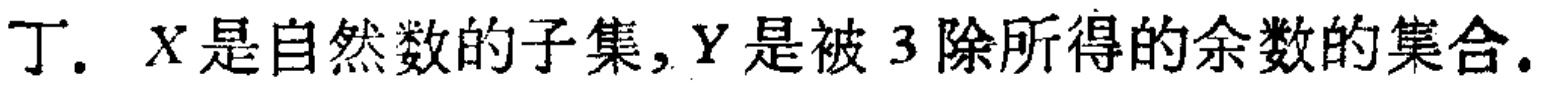
丁. \(X\)是自然数的子集，\(Y\)是被\(3\)除所得的余数的集合.